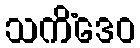
သကိံဒေဝ